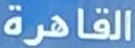
القاهرة